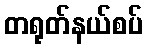
တရုတ်နယ်စပ်